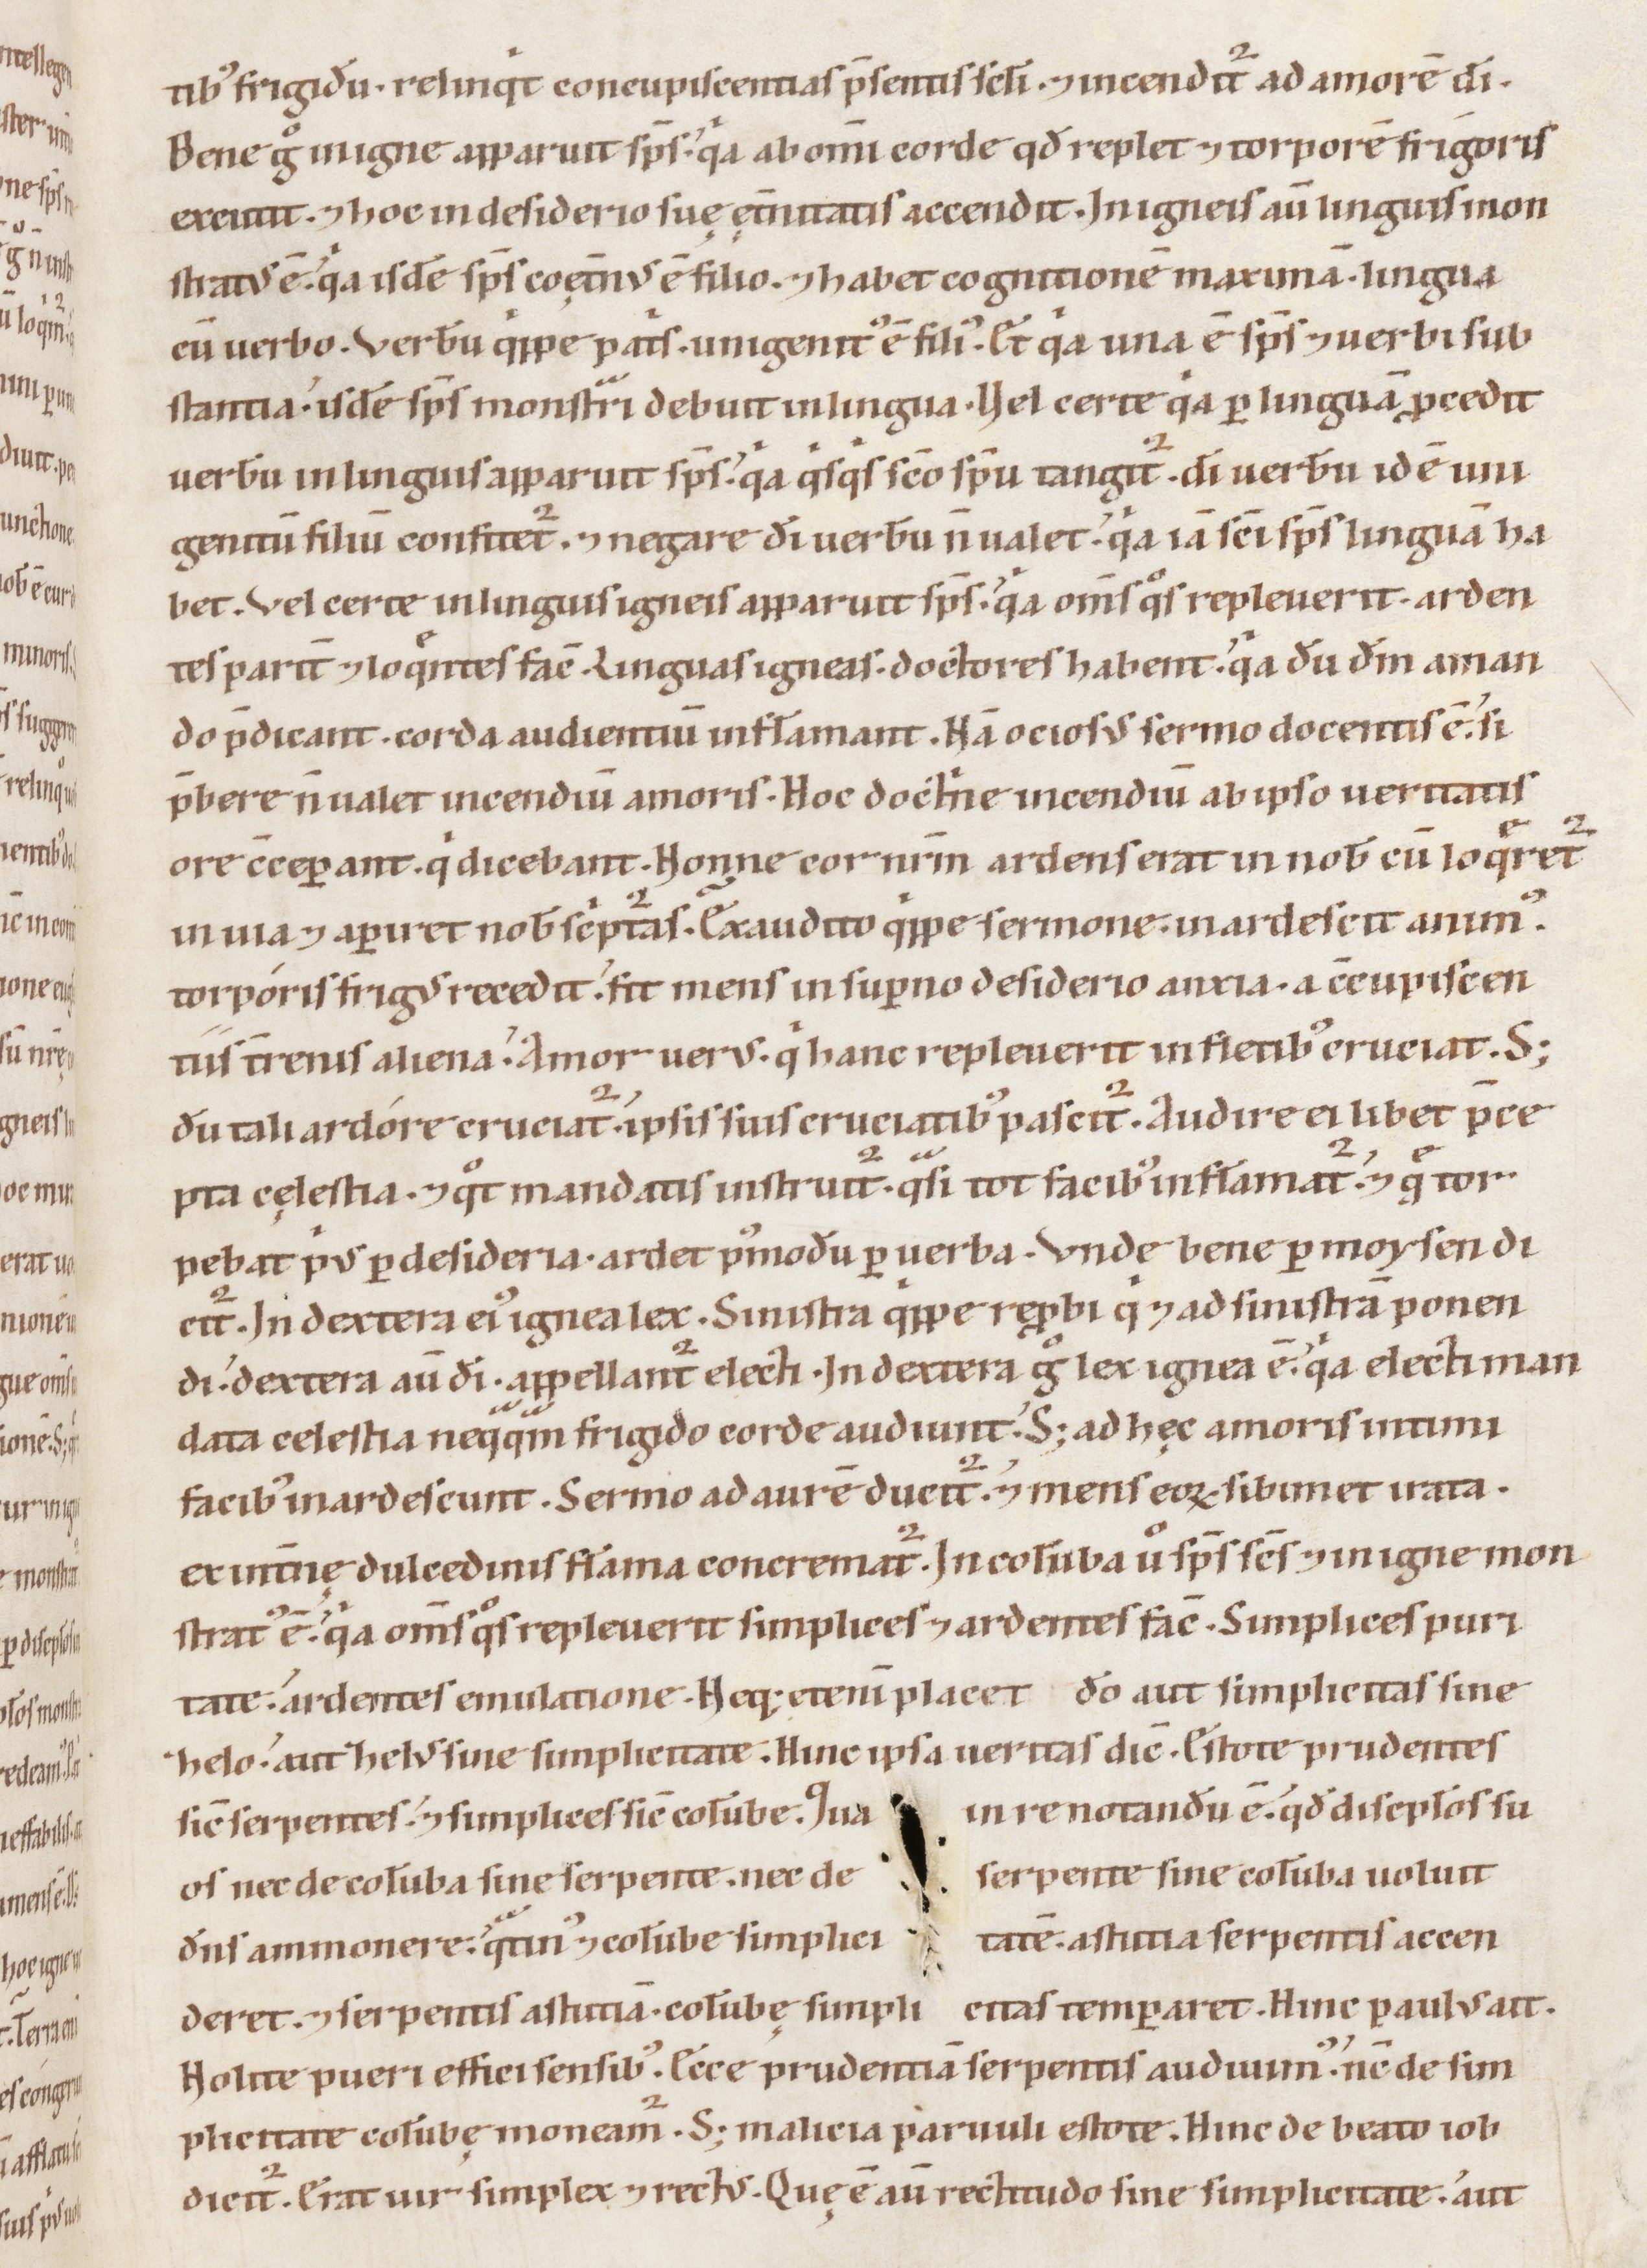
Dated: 1147–1178